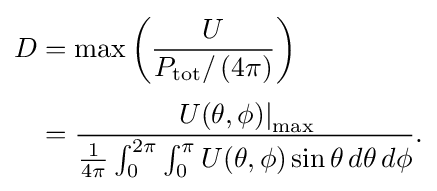
{\begin{aligned}D&=\max \left({\frac {U}{P_{\text{tot}}/\left(4\pi \right)}}\right)\\[3pt]&={\frac {\left.U(\theta ,\phi )\right|_{\text{max}}}{{\frac {1}{4\pi }}\int _{0}^{2\pi }\int _{0}^{\pi }U(\theta ,\phi )\sin \theta \,d\theta \,d\phi }}.\end{aligned}}